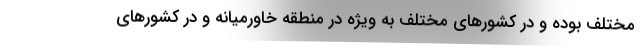
مختلف بوده و در کشورهای مختلف به ویژه در منطقه خاورمیانه و در کشورهای